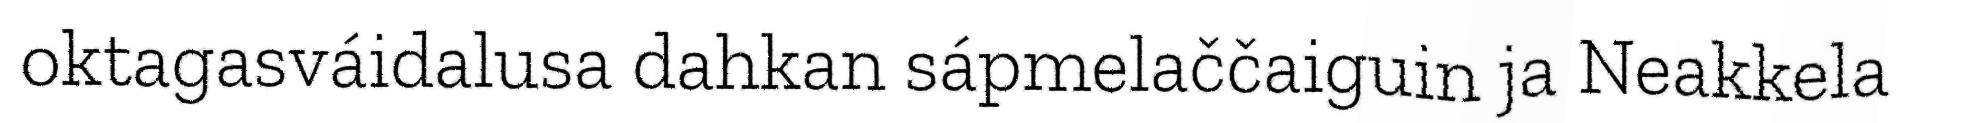
oktagasváidalusa dahkan sápmelaččaiguin ja Neakkela